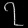
Digit: ၇